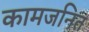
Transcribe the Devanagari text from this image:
कामजनित